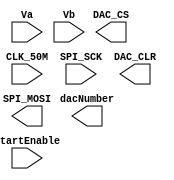
module DAC_Driver	(	CLK_50M,
				SPI_SCK,
				Va, Vb,
				startEnable,

				SPI_MOSI, DAC_CS, DAC_CLR,
				dacNumber
			);

input		CLK_50M;
input		SPI_SCK;
input	[11:0]	Va;
input	[11:0]	Vb;
input		startEnable;

output		SPI_MOSI;
output		DAC_CS;
output		DAC_CLR;
output		dacNumber;

endmodule